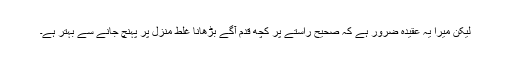
لیکن میرا یہ عقیدہ ضرور ہے کہ صحیح راستے پر کچھ قدم آگے بڑھانا غلط منزل پر پہنچ جانے سے بہتر ہے۔